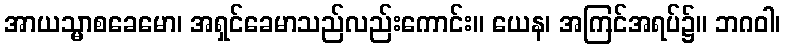
အာယသ္မာစခေမော၊ အရှင်ခေမာသည်လည်းကောင်း။ ယေန၊ အကြင်အရပ်၌။ ဘဂဝါ၊